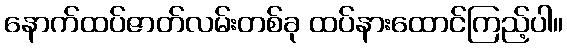
နောက်ထပ်ဇာတ်လမ်းတစ်ခု ထပ်နားထောင်ကြည့်ပါ။